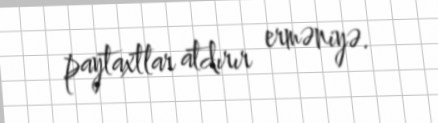
paytaxtlar atdırır erməniyə.